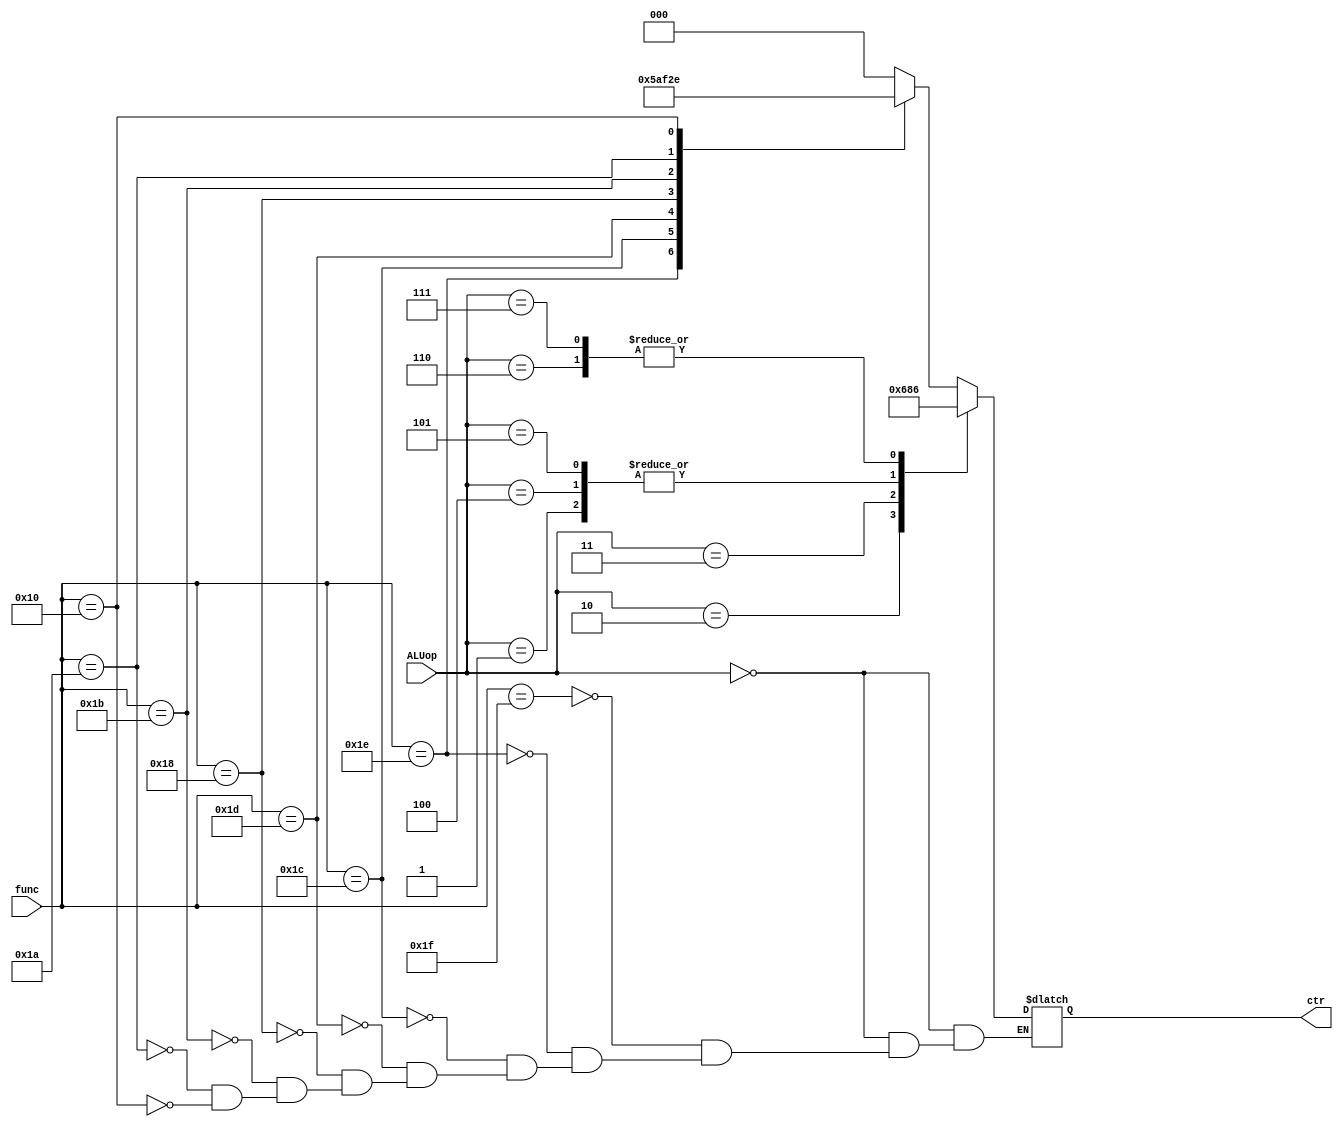
`timescale 1ns / 1ps
//////////////////////////////////////////////////////////////////////////////////
// Company: 
// Engineer: 
// 
// Design Name: 
// Module Name:    alu_ctr 
// Project Name: 
// Target Devices: 
// Tool versions: 
// Description: 
//
// Dependencies: 
//
// Revision: 
// Revision 0.01 - File Created
// Additional Comments: 
//
//////////////////////////////////////////////////////////////////////////////////
module alu_ctr(ALUop, func, ctr);

	input [2:0] ALUop;
	input [4:0] func;
	output reg [2:0] ctr;
	
	always @ (*)
	begin
		case(ALUop)
		3'b000:
			case (func)
			5'b11111:
				ctr = 3'b000;
			5'b11110:
				ctr = 3'b001;
			5'b11100:
				ctr = 3'b011;
			5'b11101:
				ctr = 3'b010;
			5'b11000:
				ctr = 3'b111;
			5'b11011:
				ctr = 3'b100;
			5'b11010:
				ctr = 3'b101;
			5'b10000:
				ctr = 3'b110;
			endcase
		3'b001:
			ctr = 3'b000;
		3'b010:
			ctr = 3'b011;
		3'b011:
			ctr = 3'b010;
		3'b100:
			ctr = 3'b000;
		3'b101:
			ctr = 3'b000;
		3'b110:
			ctr = 3'b110;
		3'b111:
			ctr = 3'b110;
		endcase
	end

endmodule